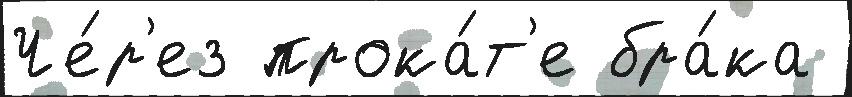
Че́р'ез прока́т'е бра́ка